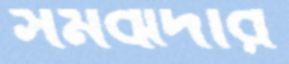
সমঝদার